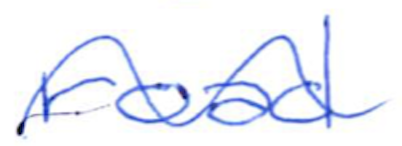
Text: road
Cross-out: wave
Writing tool: ballpoint